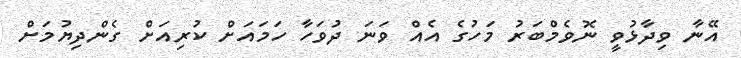
އޭނާ ވިދާޅުވީ ނޮވެމްބަރު މަހުގެ އެއް ވަނަ ދުވަހާ ހަމައަށް ކުރިއަށް ގެންދިޔުމަށް